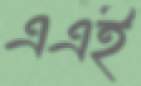
এএই